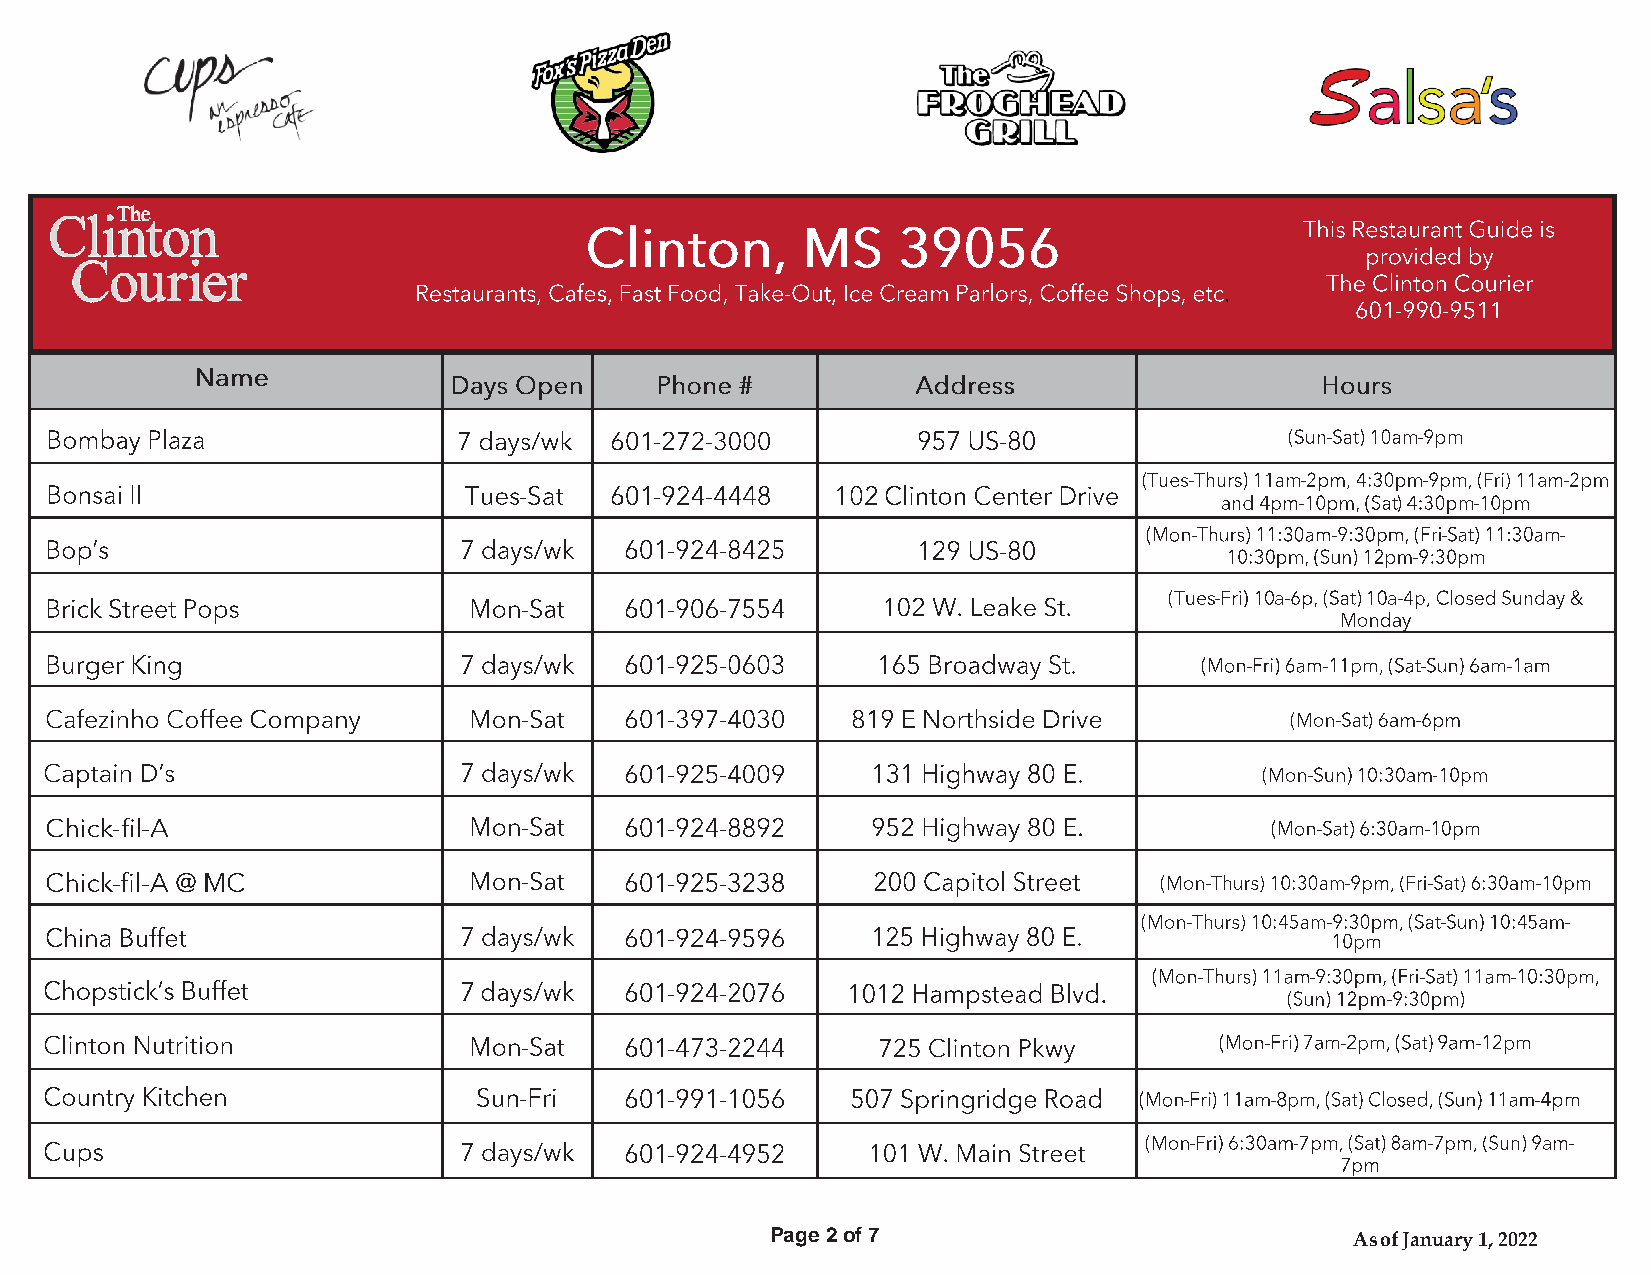
Page 2 of 7                            As of January 1, 2022